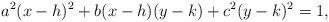
LaTeX: \begin{align*} a^2 (x-h)^2 + b(x-h)(y-k)+c^2(y-k)^2=1, \end{align*}